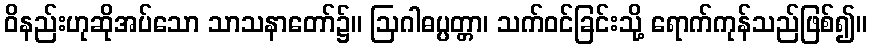
ဝိနည်းဟုဆိုအပ်သော သာသနာတော်၌။ ဩဂါဓပ္ပတ္တာ၊ သက်ဝင်ခြင်းသို့ ရောက်ကုန်သည်ဖြစ်၍။